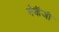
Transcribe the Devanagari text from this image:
मेकैंजी